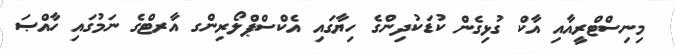
މިނިސްޓްރީއާއި އާކް ގުޅިގެން ކުޑަކުދިންގެ ހިޔާގައި އެކްސްޕްލޯރިންގ އާރޓްގެ ނަމުގައި ހާއްޞަ